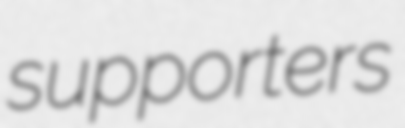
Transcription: supporters